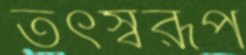
তৎস্বরূপ